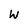
Character: W